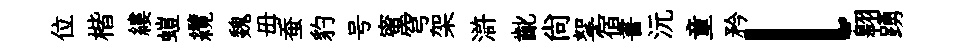
位楷縷螘纜魏毋蚕豹号蜜穹架滸齔尙挐宿書沅童矜l翱踴